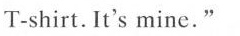
T-shirt. It's mine."